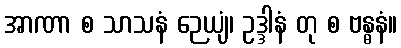
အာဏာ စ သာသနံ ဉေယျံ၊ ဥဒ္ဒါနံ တု စ ဗန္ဓနံ။